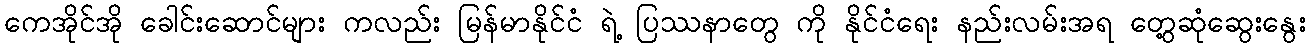
ကေအိုင်အို ခေါင်းဆောင်များ ကလည်း မြန်မာနိုင်ငံ ရဲ့ ပြဿနာတွေ ကို နိုင်ငံရေး နည်းလမ်းအရ တွေ့ဆုံဆွေးနွေး